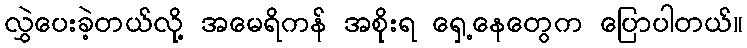
လွှဲပေးခဲ့တယ်လို့ အမေရိကန် အစိုးရ ရှေ့နေတွေက ပြောပါတယ်။